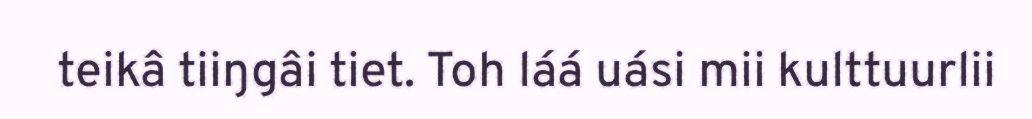
teikâ tiiŋgâi tiet. Toh láá uási mii kulttuurlii